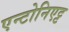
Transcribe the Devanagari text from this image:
एन्टोनिएट्ट